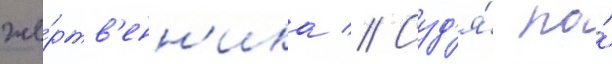
же́ртв'енн'ика // Суд'я́ по́